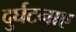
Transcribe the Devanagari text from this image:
दुर्घटनाए